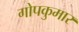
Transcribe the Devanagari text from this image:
गोपकुमार